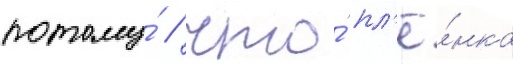
потому́ / что́ пл'ё́нка